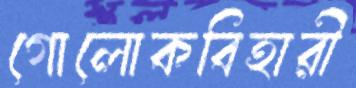
গোলোকবিহারী